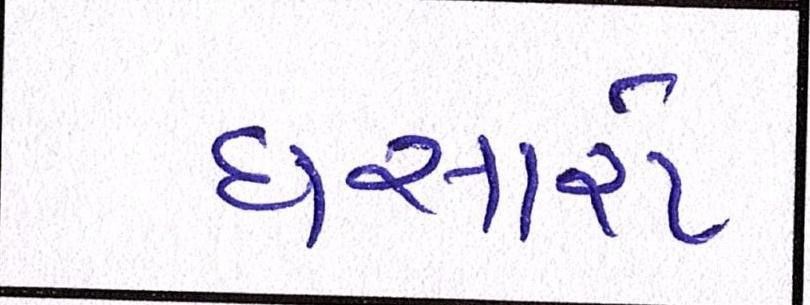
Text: ધસારો